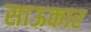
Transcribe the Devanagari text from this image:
साऊकार